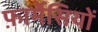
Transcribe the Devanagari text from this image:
फ़ार्मेसियों